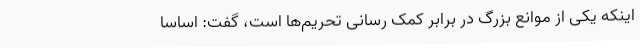
اینکه یکی از موانع بزرگ در برابر کمک رسانی تحریم‌ها است، گفت: اساساً